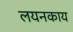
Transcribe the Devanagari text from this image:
लयनकाय